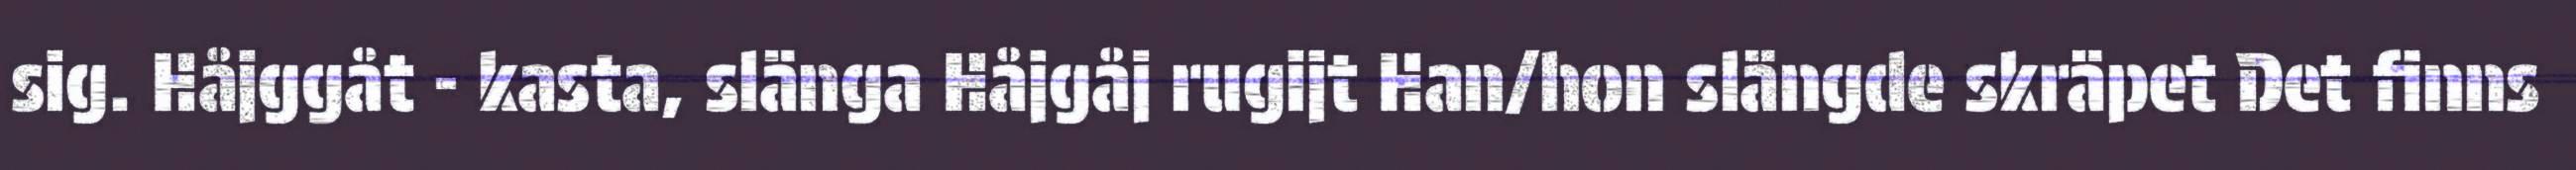
sig. Håjggåt - kasta, slänga Håjgåj rugijt Han/hon slängde skräpet Det finns